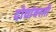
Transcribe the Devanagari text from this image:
दोघांवरती